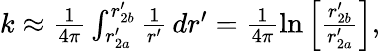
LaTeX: \begin{array}{r}{k\approx\frac{1}{4\pi}\int_{r_{2a}^{\prime}}^{r_{2b}^{\prime}}\frac{1}{r^{\prime}}\, dr^{\prime}=\frac{1}{4\pi}\ln{\left[\frac{r_{2b}^{\prime}}{r_{2a}^{\prime}}\right]},}\end{array}